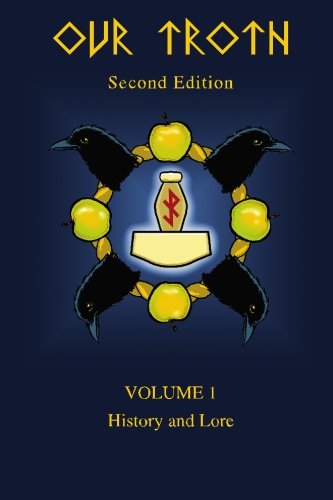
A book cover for Our Troth: History and Lore; Kveldulf Gundarsson; Politics & Social Sciences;